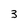
Character: 3